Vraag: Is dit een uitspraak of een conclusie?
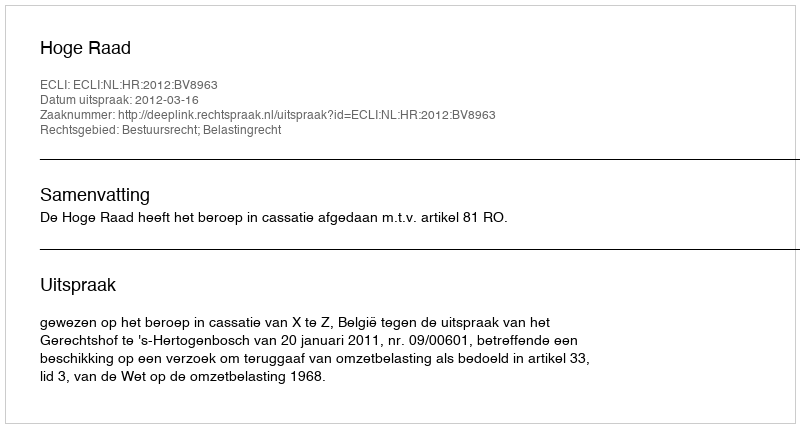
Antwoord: Uitspraak